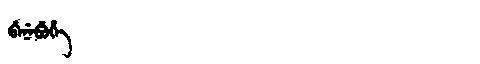
Manchu: ᠪᡝᠨᡝᠪᡠᡥᡝ
Romanization: BENEBUHE